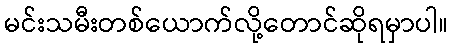
မင်းသမီးတစ်ယောက်လို့တောင်ဆိုရမှာပါ။